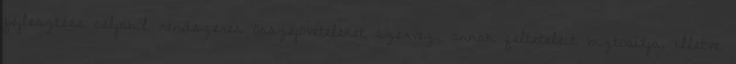
fejlesztése céljából rendszeres összejöveteleket szervez, annak feltételeit biztosítja, illetve